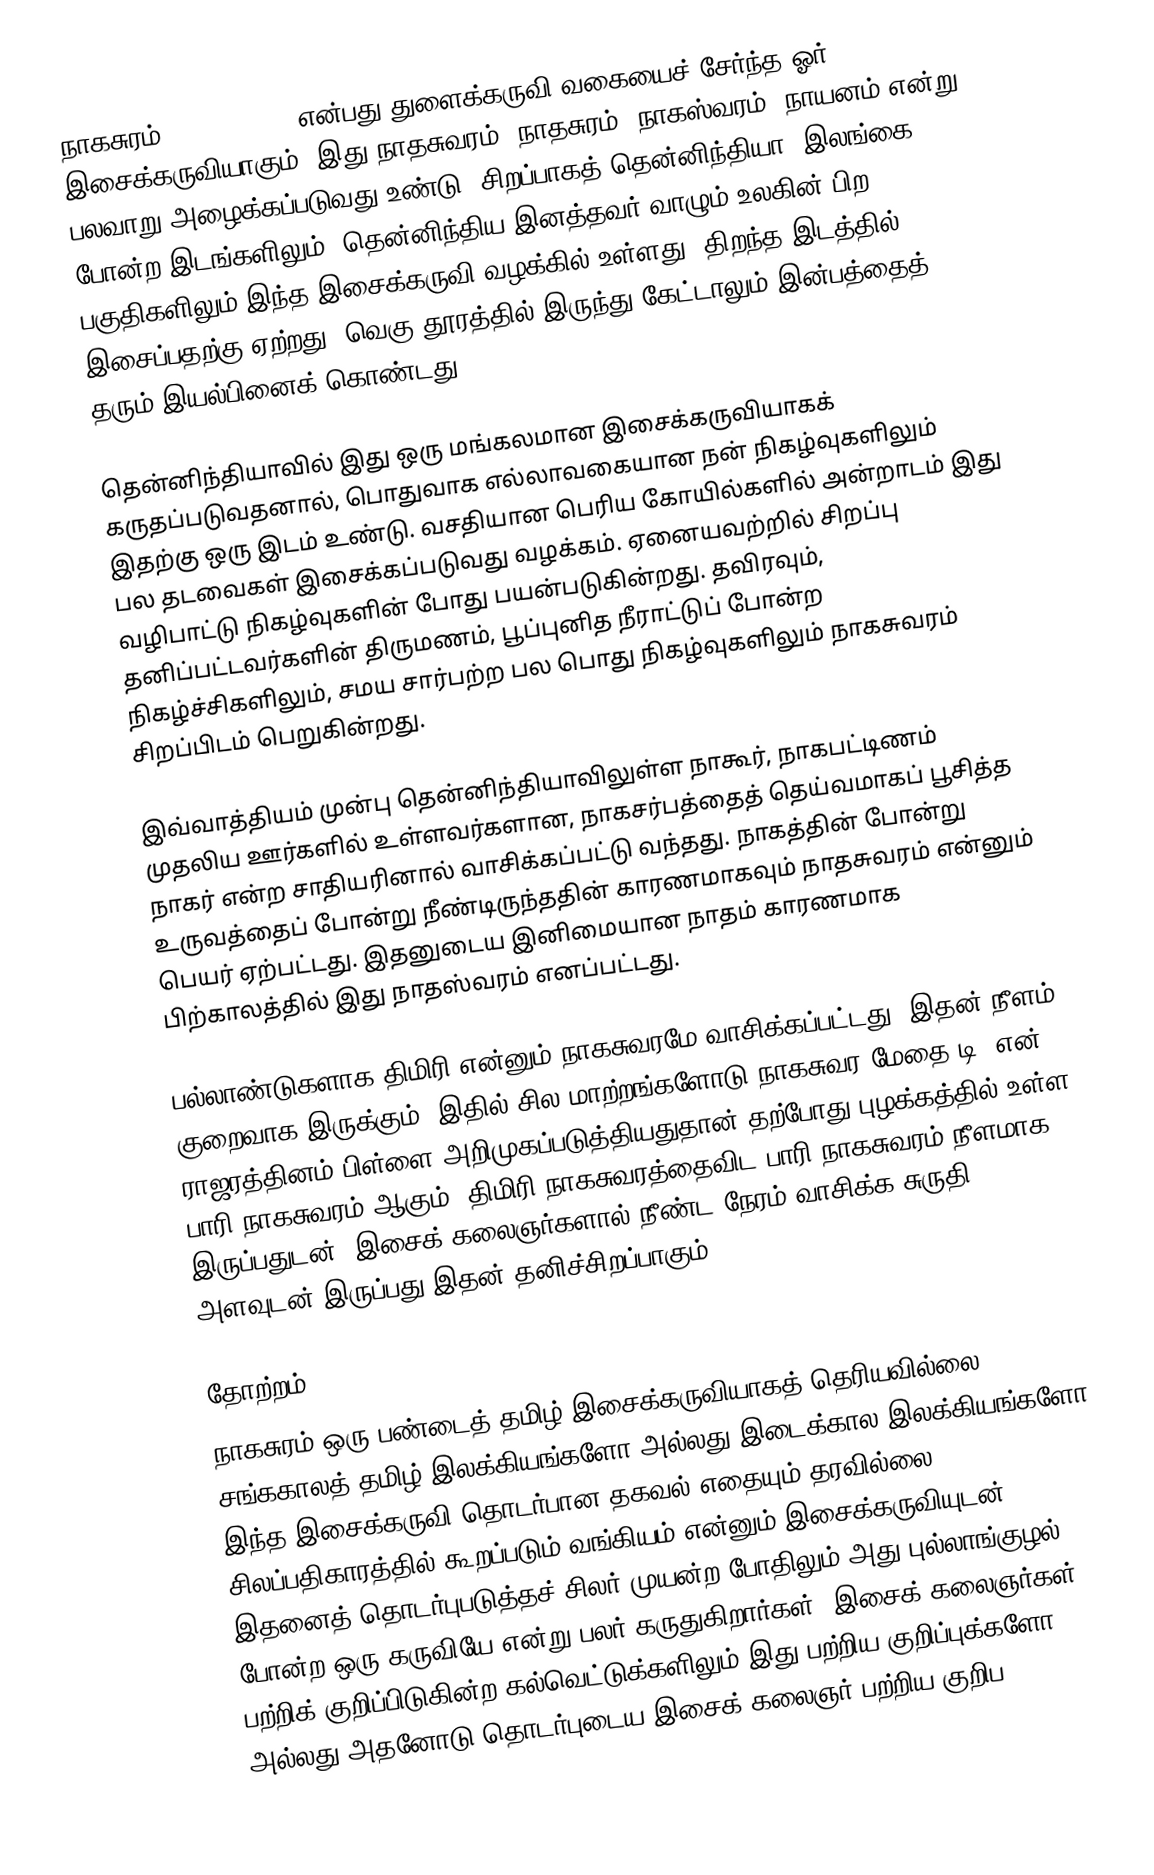
நாகசுரம் (Nadaswaram) என்பது துளைக்கருவி வகையைச் சேர்ந்த ஓர் இசைக்கருவியாகும். இது நாதசுவரம், நாதசுரம், நாகஸ்வரம். நாயனம் என்று பலவாறு அழைக்கப்படுவது உண்டு. சிறப்பாகத் தென்னிந்தியா, இலங்கை போன்ற இடங்களிலும், தென்னிந்திய இனத்தவர் வாழும் உலகின் பிற பகுதிகளிலும் இந்த இசைக்கருவி வழக்கில் உள்ளது. திறந்த இடத்தில் இசைப்பதற்கு ஏற்றது. வெகு தூரத்தில் இருந்து கேட்டாலும் இன்பத்தைத் தரும் இயல்பினைக் கொண்டது.

தென்னிந்தியாவில் இது ஒரு மங்கலமான இசைக்கருவியாகக் கருதப்படுவதனால், பொதுவாக எல்லாவகையான நன் நிகழ்வுகளிலும் இதற்கு ஒரு இடம் உண்டு. வசதியான பெரிய கோயில்களில் அன்றாடம் இது பல தடவைகள் இசைக்கப்படுவது வழக்கம். ஏனையவற்றில் சிறப்பு வழிபாட்டு நிகழ்வுகளின் போது பயன்படுகின்றது. தவிரவும், தனிப்பட்டவர்களின் திருமணம், பூப்புனித நீராட்டுப் போன்ற நிகழ்ச்சிகளிலும், சமய சார்பற்ற பல பொது நிகழ்வுகளிலும் நாகசுவரம் சிறப்பிடம் பெறுகின்றது.

இவ்வாத்தியம் முன்பு தென்னிந்தியாவிலுள்ள நாகூர், நாகபட்டிணம் முதலிய ஊர்களில் உள்ளவர்களான, நாகசர்பத்தைத் தெய்வமாகப் பூசித்த நாகர் என்ற சாதியரினால் வாசிக்கப்பட்டு வந்தது. நாகத்தின் போன்று உருவத்தைப் போன்று நீண்டிருந்ததின் காரணமாகவும் நாதசுவரம் என்னும் பெயர் ஏற்பட்டது. இதனுடைய இனிமையான நாதம் காரணமாக பிற்காலத்தில் இது நாதஸ்வரம் எனப்பட்டது.

பல்லாண்டுகளாக திமிரி என்னும் நாகசுவரமே வாசிக்கப்பட்டது. இதன் நீளம் குறைவாக இருக்கும். இதில் சில மாற்றங்களோடு நாகசுவர மேதை டி. என். ராஜரத்தினம் பிள்ளை அறிமுகப்படுத்தியதுதான் தற்போது புழக்கத்தில் உள்ள பாரி நாகசுவரம் ஆகும். திமிரி நாகசுவரத்தைவிட பாரி நாகசுவரம் நீளமாக இருப்பதுடன், இசைக் கலைஞர்களால் நீண்ட நேரம் வாசிக்க சுருதி அளவுடன் இருப்பது இதன் தனிச்சிறப்பாகும்.

தோற்றம்
நாகசுரம் ஒரு பண்டைத் தமிழ் இசைக்கருவியாகத் தெரியவில்லை. சங்ககாலத் தமிழ் இலக்கியங்களோ அல்லது இடைக்கால இலக்கியங்களோ இந்த இசைக்கருவி தொடர்பான தகவல் எதையும் தரவில்லை. சிலப்பதிகாரத்தில் கூறப்படும் வங்கியம் என்னும் இசைக்கருவியுடன் இதனைத் தொடர்புபடுத்தச் சிலர் முயன்ற போதிலும் அது புல்லாங்குழல் போன்ற ஒரு கருவியே என்று பலர் கருதுகிறார்கள். இசைக் கலைஞர்கள் பற்றிக் குறிப்பிடுகின்ற கல்வெட்டுக்களிலும் இது பற்றிய குறிப்புக்களோ அல்லது அதனோடு தொடர்புடைய இசைக் கலைஞர் பற்றிய குறிப